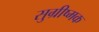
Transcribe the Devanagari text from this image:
सुग्रीष्मक